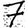
Digit: 7